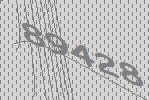
89428